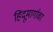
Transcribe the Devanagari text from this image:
हिंदूमार्गावर